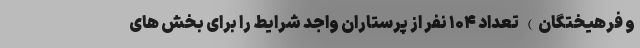
و فرهیختگان) تعداد ۱۰۴ نفر از پرستاران واجد شرایط را برای بخش های